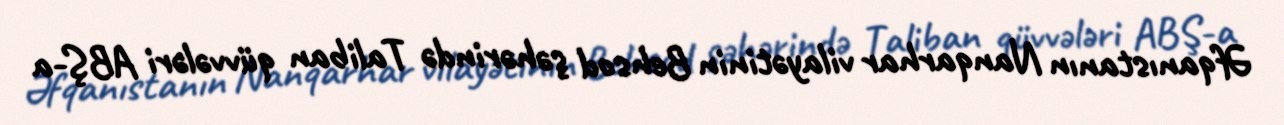
Əfqanıstanın Nanqarhar vilayətinin Behsod şəhərində Taliban qüvvələri ABŞ-a